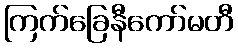
ကြက်ခြေနီကော်မတီ